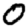
Digit: 0